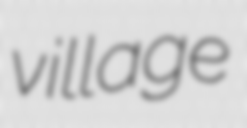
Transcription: village